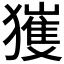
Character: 𱮨